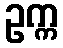
ဥက္က